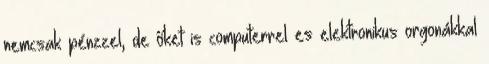
nemcsak pénzzel, de őket is computerrel es elektronikus orgonákkal